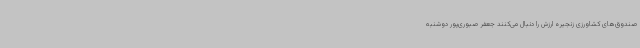
صندوق‌های کشاورزی زنجیره ارزش را دنبال می‌کنند جعفر صبوری‌پور دوشنبه